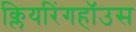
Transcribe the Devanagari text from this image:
क्लियरिंगहॉउस